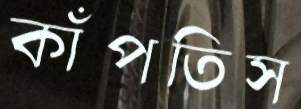
কাঁপতিস